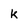
Character: k